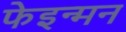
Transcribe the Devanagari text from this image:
फेइन्मन